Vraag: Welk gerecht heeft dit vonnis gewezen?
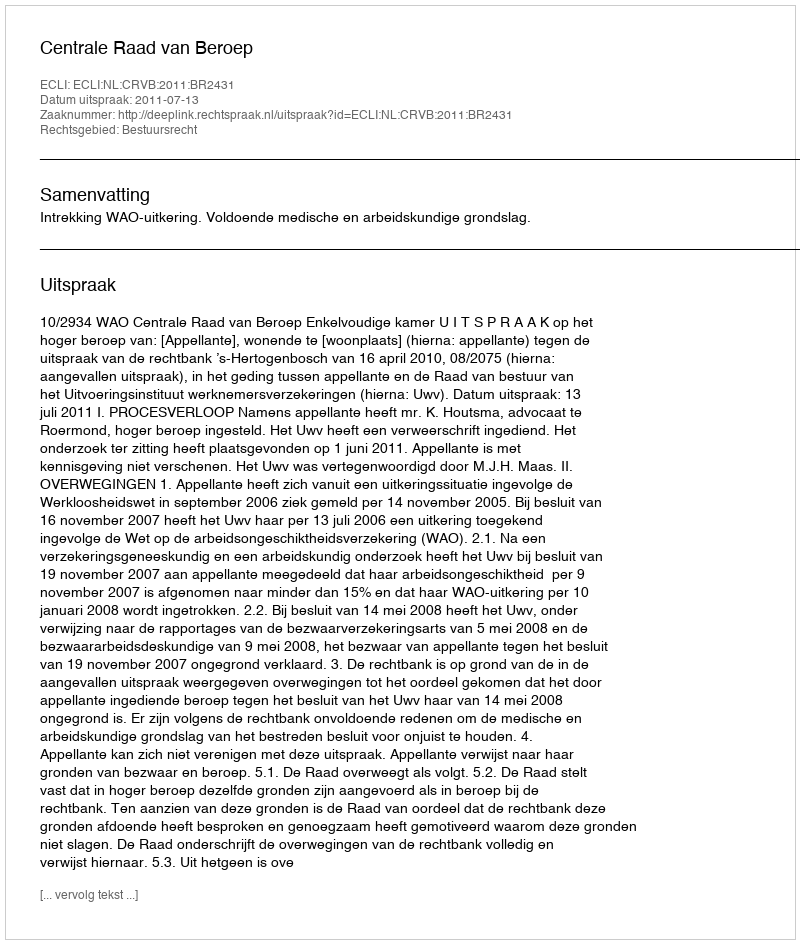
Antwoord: Centrale Raad van Beroep